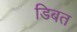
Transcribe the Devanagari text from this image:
डिबत